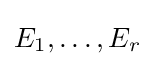
E_{1},\ldots ,E_{r}